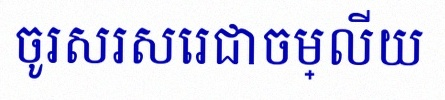
ចូរសរសេរជាចម្លើយ